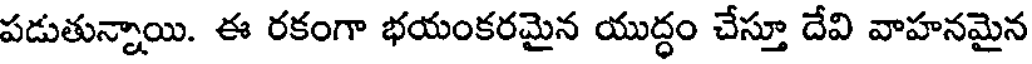
పడుతున్నాయి. ఈ రకంగా భయంకరమైన యుద్ధం చేస్తూ దేవి వాహనమైన